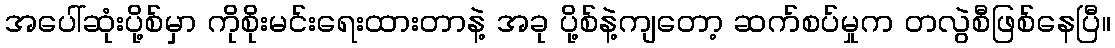
အပေါ်ဆုံးပို့စ်မှာ ကိုစိုးမင်းရေးထားတာနဲ့ အခု ပို့စ်နဲ့ကျတော့ ဆက်စပ်မှုက တလွဲစီဖြစ်နေပြီ။